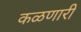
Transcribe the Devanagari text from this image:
कळणारी